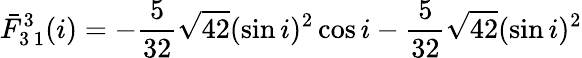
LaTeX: \bar{F}_{3\, 1}^{3}(i)=-\frac{5}{32}\sqrt{42}(\sin i)^{2}\cos i-\frac{5}{32}\sqrt{42}(\sin i)^{2}